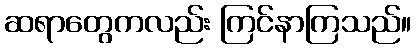
ဆရာတွေကလည်း ကြင်နာကြသည်။